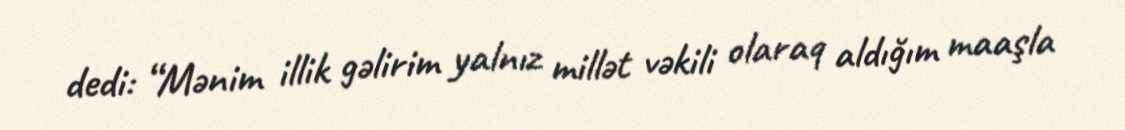
dedi: “Mənim illik gəlirim yalnız millət vəkili olaraq aldığım maaşla